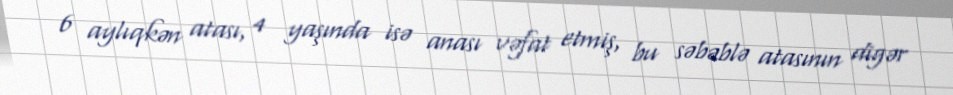
6 aylıqkən atası, 4 yaşında isə anası vəfat etmiş, bu səbəblə atasının digər